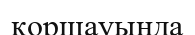
қоршауында